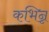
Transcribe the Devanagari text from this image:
कभिन्न